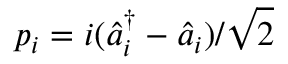
p _ { i } = i ( \hat { a } _ { i } ^ { \dagger } - \hat { a } _ { i } ) / \sqrt { 2 }